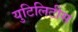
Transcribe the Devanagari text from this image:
युटिलिटीस